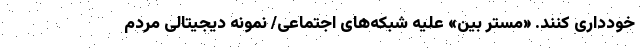
خودداری کنند. «مستر بین» علیه شبکه‌های اجتماعی/ نمونه دیجیتالی مردم